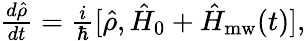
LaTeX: \begin{array}{r}{\frac{d\hat{\rho}}{dt}=\frac{i}{\hbar}[\hat{\rho},\hat{H}_{0}+\hat{H}_{\mathrm{mw}}(t)],}\end{array}